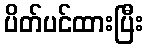
ပိတ်ပင်ထားပြီး